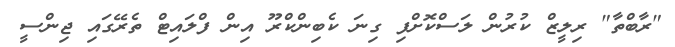
"ރާބްތާ" ރިލީޒް ކުރުން ލަސްކޮށްފި ގިނަ ކެބިންކްރޫ އިން ފްލައިޓް ތެރޭގައި ޖިންސީ